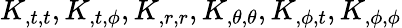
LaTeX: K_{,t,t},K_{,t,{\phi}},K_{,r,r},K_{,{\theta},{\theta}},K_{,{\phi},t},K_{,{\phi},{\phi}}